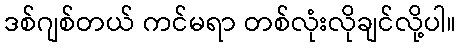
ဒစ်ဂျစ်တယ် ကင်မရာ တစ်လုံးလိုချင်လို့ပါ။